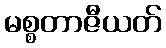
မစ္စတာဇီယတ်